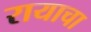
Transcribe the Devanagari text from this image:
रायाचा